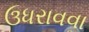
ઉધરાવવા